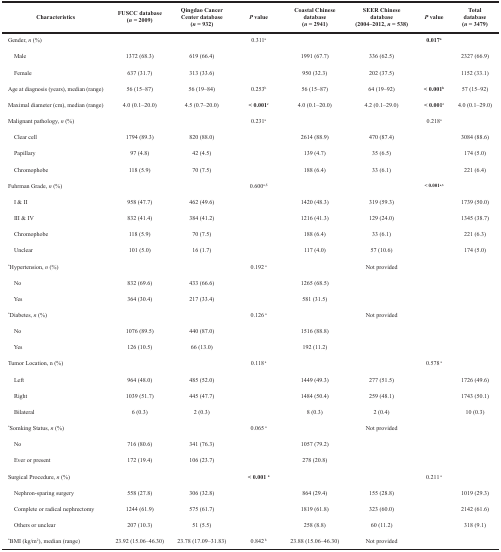
<table><thead><tr><td><b>Characteristics</b></td><td><b>FUSCC database (<i>n</i> = 2009)</b></td><td><b>Qingdao Cancer Center database (<i>n</i> = 932)</b></td><td><b><i>P</i> value</b></td><td><b>Coastal Chinese database (<i>n</i> = 2941)</b></td><td><b>SEER Chinese database (2004–2012, <i>n</i> = 538)</b></td><td><b><i>P</i> value</b></td><td><b>Total database (<i>n</i> = 3479)</b></td></tr></thead><tbody><tr><td>Gender, <i>n</i> (%)</td><td></td><td></td><td>0.311<sup>a</sup></td><td></td><td></td><td><b>0.017<sup>a</sup></b></td><td></td></tr><tr><td> Male</td><td>1372 (68.3)</td><td>619 (66.4)</td><td></td><td>1991 (67.7)</td><td>336 (62.5)</td><td></td><td>2327 (66.9)</td></tr><tr><td> Female</td><td>637 (31.7)</td><td>313 (33.6)</td><td></td><td>950 (32.3)</td><td>202 (37.5)</td><td></td><td>1152 (33.1)</td></tr><tr><td>Age at diagnosis (years), median (range)</td><td>56 (15–87)</td><td>56 (19–84)</td><td>0.253<sup>b</sup></td><td>56 (15–87)</td><td>64 (19–92)</td><td><b>&lt; 0.001<sup>b</sup></b></td><td>57 (15–92)</td></tr><tr><td>Maximal diameter (cm), median (range)</td><td>4.0 (0.1–20.0)</td><td>4.5 (0.7–20.0)</td><td><b>&lt; 0.001<sup>c</sup></b></td><td>4.0 (0.1–20.0)</td><td>4.2 (0.1–29.0)</td><td><b>&lt; 0.001<sup>c</sup></b></td><td>4.0 (0.1–29.0)</td></tr><tr><td>Malignant pathology, <i>n</i> (%)</td><td></td><td></td><td>0.231<sup>a</sup></td><td></td><td></td><td>0.218<sup>a</sup></td><td></td></tr><tr><td> Clear cell</td><td>1794 (89.3)</td><td>820 (88.0)</td><td></td><td>2614 (88.9)</td><td>470 (87.4)</td><td></td><td>3084 (88.6)</td></tr><tr><td> Papillary</td><td>97 (4.8)</td><td>42 (4.5)</td><td></td><td>139 (4.7)</td><td>35 (6.5)</td><td></td><td>174 (5.0)</td></tr><tr><td> Chromophobe</td><td>118 (5.9)</td><td>70 (7.5)</td><td></td><td>188 (6.4)</td><td>33 (6.1)</td><td></td><td>221 (6.4)</td></tr><tr><td>Fuhrman Grade, <i>n</i> (%)</td><td></td><td></td><td>0.600<sup>a,$</sup></td><td></td><td></td><td><b>&lt; 0.001<sup>a,$</sup></b></td><td></td></tr><tr><td> I &amp; II</td><td>958 (47.7)</td><td>462 (49.6)</td><td></td><td>1420 (48.3)</td><td>319 (59.3)</td><td></td><td>1739 (50.0)</td></tr><tr><td> III &amp; IV</td><td>832 (41.4)</td><td>384 (41.2)</td><td></td><td>1216 (41.3)</td><td>129 (24.0)</td><td></td><td>1345 (38.7)</td></tr><tr><td> Chromophobe</td><td>118 (5.9)</td><td>70 (7.5)</td><td></td><td>188 (6.4)</td><td>33 (6.1)</td><td></td><td>221 (6.3)</td></tr><tr><td> Unclear</td><td>101 (5.0)</td><td>16 (1.7)</td><td></td><td>117 (4.0)</td><td>57 (10.6)</td><td></td><td>174 (5.0)</td></tr><tr><td><sup>*</sup>Hypertension, <i>n</i> (%)</td><td></td><td></td><td>0.192 <sup>a</sup></td><td></td><td>Not provided</td><td></td><td></td></tr><tr><td> No</td><td>832 (69.6)</td><td>433 (66.6)</td><td></td><td>1265 (68.5)</td><td></td><td></td><td></td></tr><tr><td> Yes</td><td>364 (30.4)</td><td>217 (33.4)</td><td></td><td>581 (31.5)</td><td></td><td></td><td></td></tr><tr><td><sup>*</sup>Diabetes, <i>n</i> (%)</td><td></td><td></td><td>0.126 <sup>a</sup></td><td></td><td>Not provided</td><td></td><td></td></tr><tr><td> No</td><td>1076 (89.5)</td><td>440 (87.0)</td><td></td><td>1516 (88.8)</td><td></td><td></td><td></td></tr><tr><td> Yes</td><td>126 (10.5)</td><td>66 (13.0)</td><td></td><td>192 (11.2)</td><td></td><td></td><td></td></tr><tr><td>Tumor Location, n (%)</td><td></td><td></td><td>0.118 <sup>a</sup></td><td></td><td></td><td>0.578 <sup>a</sup></td><td></td></tr><tr><td> Left</td><td>964 (48.0)</td><td>485 (52.0)</td><td></td><td>1449 (49.3)</td><td>277 (51.5)</td><td></td><td>1726 (49.6)</td></tr><tr><td> Right</td><td>1039 (51.7)</td><td>445 (47.7)</td><td></td><td>1484 (50.4)</td><td>259 (48.1)</td><td></td><td>1743 (50.1)</td></tr><tr><td> Bilateral</td><td>6 (0.3)</td><td>2 (0.3)</td><td></td><td>8 (0.3)</td><td>2 (0.4)</td><td></td><td>10 (0.3)</td></tr><tr><td><sup>*</sup>Somking Status, <i>n</i> (%)</td><td></td><td></td><td>0.065 <sup>a</sup></td><td></td><td>Not provided</td><td></td><td></td></tr><tr><td> No</td><td>716 (80.6)</td><td>341 (76.3)</td><td></td><td>1057 (79.2)</td><td></td><td></td><td></td></tr><tr><td> Ever or present</td><td>172 (19.4)</td><td>106 (23.7)</td><td></td><td>278 (20.8)</td><td></td><td></td><td></td></tr><tr><td>Surgical Procedure, <i>n</i> (%)</td><td></td><td></td><td><b>&lt; 0.001 <sup>a</sup></b></td><td></td><td></td><td>0.211 <sup>a</sup></td><td></td></tr><tr><td> Nephron-sparing surgery</td><td>558 (27.8)</td><td>306 (32.8)</td><td></td><td>864 (29.4)</td><td>155 (28.8)</td><td></td><td>1019 (29.3)</td></tr><tr><td> Complete or radical nephrectomy</td><td>1244 (61.9)</td><td>575 (61.7)</td><td></td><td>1819 (61.8)</td><td>323 (60.0)</td><td></td><td>2142 (61.6)</td></tr><tr><td> Others or unclear</td><td>207 (10.3)</td><td>51 (5.5)</td><td></td><td>258 (8.8)</td><td>60 (11.2)</td><td></td><td>318 (9.1)</td></tr><tr><td><sup>*</sup>BMI (kg/m<sup>2</sup>), median (range)</td><td>23.92 (15.06–46.30)</td><td>23.78 (17.09–31.83)</td><td>0.842 <sup>b</sup></td><td>23.88 (15.06–46.30)</td><td>Not provided</td><td></td><td></td></tr></tbody></table>